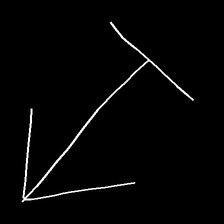
Glyph: levitation